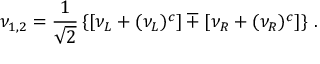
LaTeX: \nu _ { 1 , 2 } = \frac { 1 } { \sqrt { 2 } } \left\{ \left[ \nu _ { L } + ( \nu _ { L } ) ^ { c } \right] \mp \left[ \nu _ { R } + ( \nu _ { R } ) ^ { c } \right] \right\} \, .